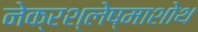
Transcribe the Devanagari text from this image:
नेक्रश्लेष्माशोथ